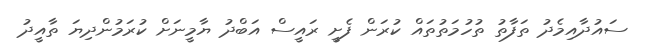
ސައުދާއިމެދު ތަފާތު ތުހުމަތުތައް ކުރަން ފެށީ ރައީސް އަބްދު ޔާމީނަށް ކުރަމުންދިޔަ ތާއީދު